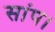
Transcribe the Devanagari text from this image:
सांप।